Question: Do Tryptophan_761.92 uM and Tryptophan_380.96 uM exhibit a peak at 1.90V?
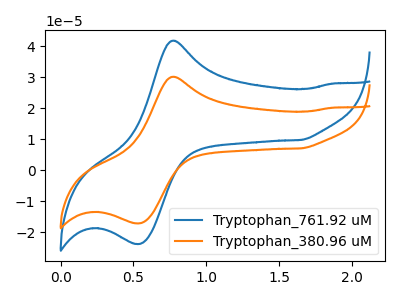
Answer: <think>The blue curve "Tryptophan_761.92 uM" has an anodic peak at (0.80V, 41.80uA) and a cathodic peak at (0.55V, -23.85uA). The orange curve "Tryptophan_380.96 uM" has an anodic peak at (0.80V, 30.15uA) and a cathodic peak at (0.55V, -17.20uA).</think>
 <answer>No, "Tryptophan_761.92 uM" and "Tryptophan_380.96 uM" dont share a peak at 1.90V.</answer>
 <eval>mismatch</eval>